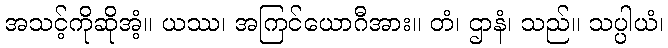
အသင့်ကိုဆိုအံ့။ ယဿ၊ အကြင်ယောဂီအား။ တံ၊ ဌာနံ၊ သည်။ သပ္ပါယံ၊